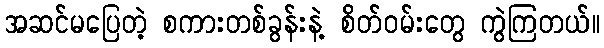
အဆင်မပြေတဲ့ စကားတစ်ခွန်းနဲ့ စိတ်ဝမ်းတွေ ကွဲကြတယ်။